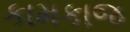
કામકાજ